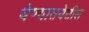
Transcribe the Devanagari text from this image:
घेण्यातयेतील